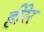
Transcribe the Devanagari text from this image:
हीरेर